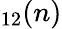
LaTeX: _{12}(n)